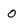
Character: 0